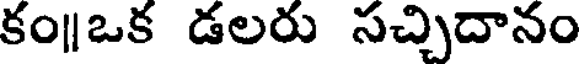
కం॥ఒక డలరు సచ్చిదానం